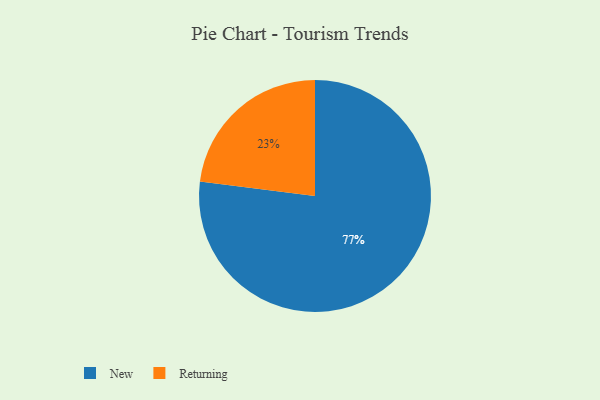
{"axis": {"x": "Category", "y": "Percentage"}, "legend": ["New", "Returning"], "data": [{"x": "Returning", "y": 23, "type": "Returning"}, {"x": "New", "y": 77, "type": "New"}]}